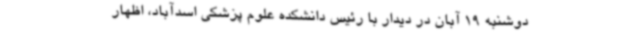
دوشنبه 19 آبان در دیدار با رئیس دانشکده علوم پزشکی اسدآباد، اظهار